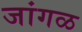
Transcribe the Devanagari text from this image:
जांगळ